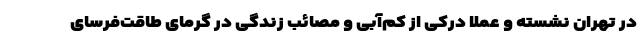
در تهران نشسته و عملا درکی از کم‌آبی و مصائب زندگی در گرمای طاقت‌فرسای